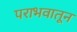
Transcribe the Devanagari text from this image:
पराभवातून